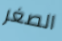
الصغر